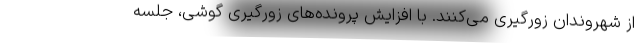
از شهروندان زورگیری می‌کنند. با افزایش پرونده‌های زورگیری گوشی، جلسه